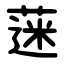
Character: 蒾